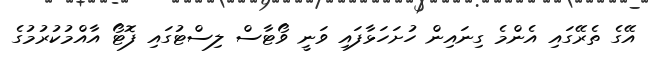
އޭގެ ތެރޭގައި އެންމެ ގިނައިން ހުށަހަޅާފައި ވަނީ ވޯޓާސް ލިސްޓުގައި ފޮޓޯ އާއްމުކުރުމުގެ